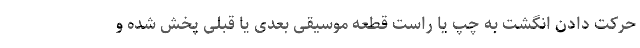
حرکت دادن انگشت‌ به چپ یا راست قطعه موسیقی بعدی یا قبلی پخش شده و